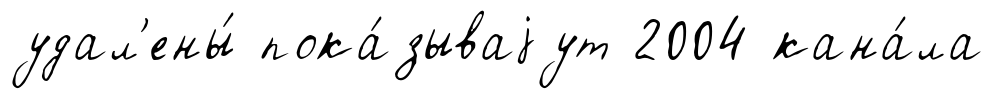
удал'ены́ пока́зываjут 2004 кана́ла